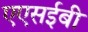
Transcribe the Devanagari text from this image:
एएसईबी